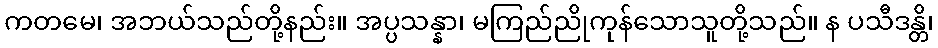
ကတမေ၊ အဘယ်သည်တို့နည်း။ အပ္ပသန္နာ၊ မကြည်ညိုကုန်သောသူတို့သည်။ န ပသီဒန္တိ၊